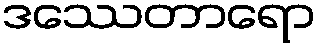
ဒဿေတာရော